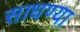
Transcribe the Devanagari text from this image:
साधण्या